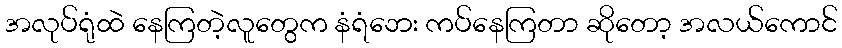
အလုပ်ရုံထဲ နေကြတဲ့လူတွေက နံရံဘေး ကပ်နေကြတာ ဆိုတော့ အလယ်ကောင်